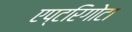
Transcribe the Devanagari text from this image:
एप्टरिगोटा